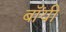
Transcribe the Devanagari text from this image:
बॉंयी